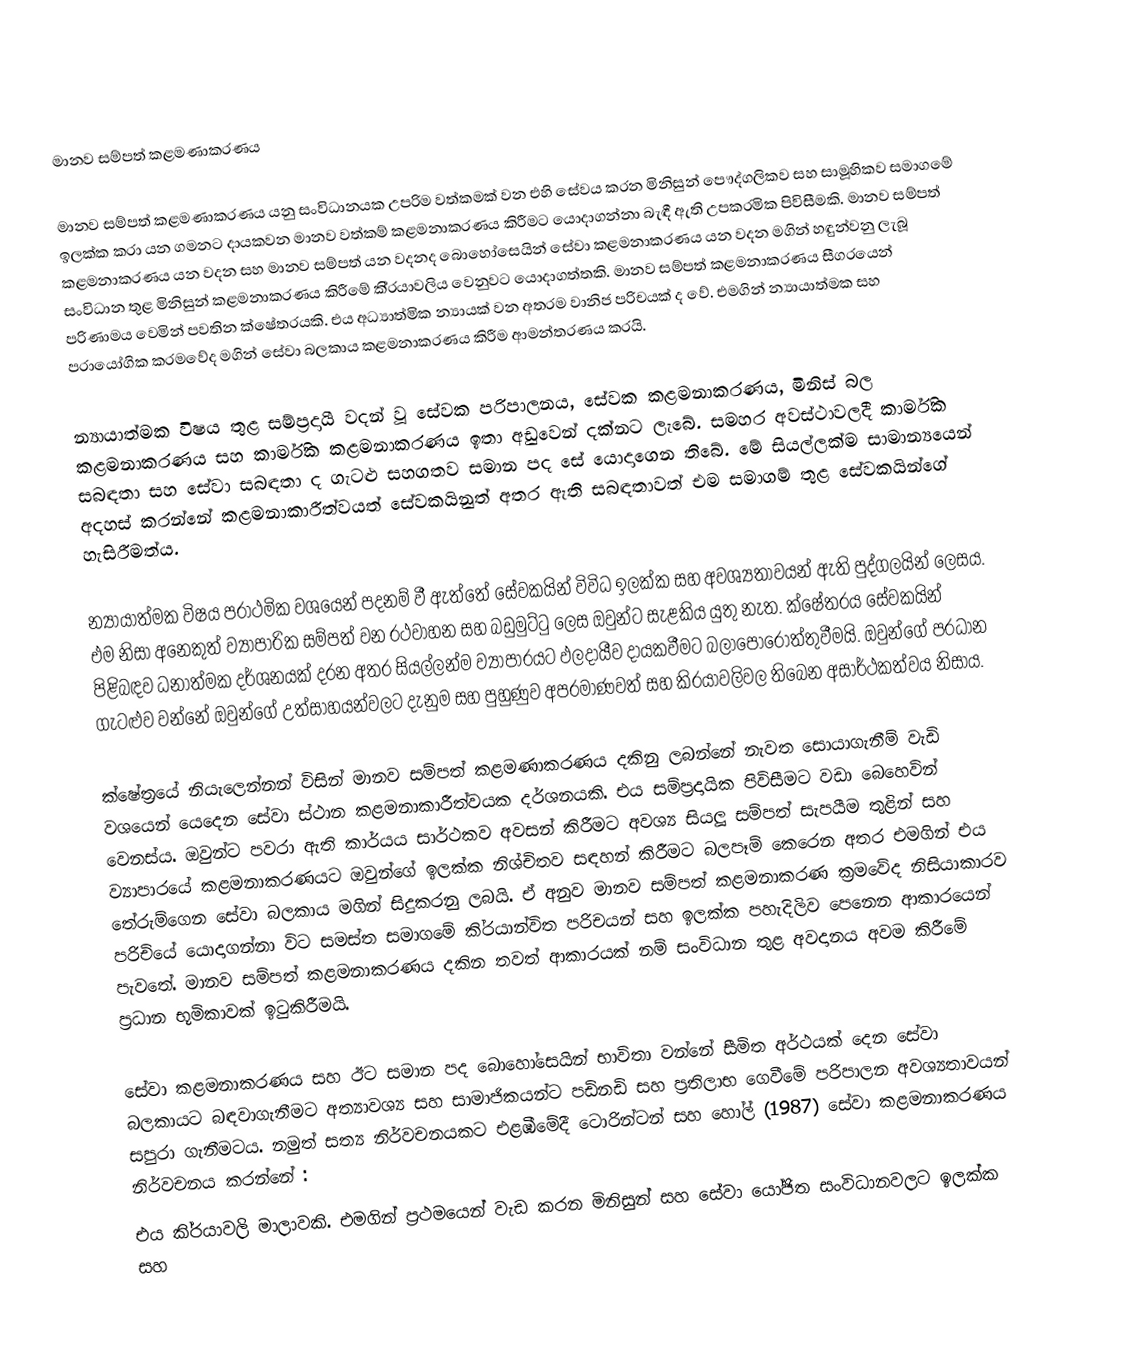
මානව සම්පත් කළමණාකරණය

මානව සම්පත් කළමණාකරණය යනු සංවිධානයක උපරිම වත්කමක් වන එහි සේවය කරන මිනිසුන් පෞද්ගලිකව සහ සාමූහිකව සමාගමේ ඉලක්ක කරා යන ගමනට දායකවන මානව වත්කම් කළමනාකරණය කිරීමට යොදාගන්නා බැඳී ඇති උපක‍්‍රමික පිවිසීමකි. මානව සම්පත් කළමනාකරණය යන වදන සහ මානව සම්පත් යන වදනද බොහෝසෙයින් සේවා කළමනාකරණය යන වදන මගින් හඳුන්වනු ලැබූ සංවිධාන තුළ මිනිසුන් කළමනාකරණය කිරීමේ කි‍්‍රයාවලිය වෙනුවට යොදාගත්තකි. මානව සම්පත් කළමනාකරණය සීග‍්‍රයෙන් පරිණාමය වෙමින් පවතින ක්ෂේත‍්‍රයකි. එය අධ්‍යාත්මික න්‍යායක් වන අතරම වානිජ පරිචයක් ද වේ. එමගින් න්‍යායාත්මක සහ ප‍්‍රායෝගික ක‍්‍රමවේද මගින් සේවා බලකාය කළමනාකරණය කිරීම ආමන්ත‍්‍රණය කරයි.

න්‍යායාත්මක විෂය තුළ සම්ප‍්‍රදායී වදන් වූ සේවක පරිපාලනය, සේවක කළමනාකරණය, මිනිස් බල කළමනාකරණය සහ කාර්මික කළමනාකරණය ඉතා අඩුවෙන් දක්නට ලැබේ. සමහර අවස්ථාවලදී කාර්මික සබඳතා සහ සේවා සබඳතා ද ගැටළු සහගතව සමාන පද සේ යොදාගෙන තිබේ. මේ සියල්ලක්ම සාමාන්‍යයෙන් අදහස් කරන්නේ කළමනාකාරීත්වයත් සේවකයිනුත් අතර ඇති සබඳතාවත් එම සමාගම් තුළ සේවකයින්ගේ හැසිරීමත්ය.

න්‍යායාත්මක විෂය ප‍්‍රාථමික වශයෙන් පදනම් වී ඇත්තේ සේවකයින් විවිධ ඉලක්ක සහ අවශ්‍යතාවයන් ඇති පුද්ගලයින් ලෙසය. එම නිසා අනෙකුත් ව්‍යාපාරික සම්පත් වන රථවාහන සහ බඩුමුට්ටු ලෙස ඔවුන්ට සැළකිය යුතු නැත. ක්ෂේත‍්‍රය සේවකයින් පිළිබඳව ධනාත්මක දර්ශනයක් දරන අතර  සියල්ලන්ම ව්‍යාපාරයට ඵලදායීව දායකවීමට බලාපොරොත්තුවීමයි. ඔවුන්ගේ ප‍්‍රධාන ගැටළුව වන්නේ ඔවුන්ගේ උත්සාහයන්වලට දැනුම සහ පුහුණුව අප‍්‍රමාණවත් සහ කි‍්‍රයාවලිවල තිබෙන අසාර්ථකත්වය නිසාය.

ක්ෂේත‍්‍රයේ නියැලෙන්නන් විසින් මානව සම්පත් කළමණාකරණය දකිනු ලබන්නේ නැවත සොයාගැනීම් වැඩි වශයෙන් යෙදෙන සේවා ස්ථාන කළමනාකාරීත්වයක දර්ශනයකි. එය සම්ප‍්‍රදායික පිවිසීමට වඩා බෙහෙවින් වෙනස්ය. ඔවුන්ට පවරා ඇති කාර්යය සාර්ථකව අවසන් කිරීමට අවශ්‍ය සියලූ සම්පත් සැපයීම තුළින් සහ ව්‍යාපාරයේ කළමනාකරණයට ඔවුන්ගේ ඉලක්ක නිශ්චිතව සඳහන් කිරීමට බලපෑම් කෙරෙන අතර එමගින් එය තේරුම්ගෙන සේවා බලකාය මගින් සිදුකරනු ලබයි. ඒ අනුව මානව සම්පත් කළමනාකරණ ක‍්‍රමවේද නිසියාකාරව පරිචියේ යොදාගන්නා විට සමස්ත සමාගමේ කි‍්‍රයාන්විත පරිචයන් සහ ඉලක්ක පහැදිලිව පෙනෙන ආකාරයෙන් පැවතේ. මානව සම්පත් කළමනාකරණය දකින තවත් ආකාරයක් නම් සංවිධාන තුළ අවදානය අවම කිරීමේ ප‍්‍රධාන භූමිකාවක් ඉටුකිරීමයි.

සේවා කළමනාකරණය සහ ඊට සමාන පද බොහෝසෙයින් භාවිතා වන්නේ සීමිත අර්ථයක් දෙන සේවා බලකායට බඳවාගැනීමට අත්‍යාවශ්‍ය සහ සාමාජිකයන්ට පඩිනඩි සහ ප‍්‍රතිලාභ ගෙවීමේ පරිපාලන අවශ්‍යතාවයන් සපුරා ගැනීමටය. නමුත් සත්‍ය නිර්වචනයකට එළඹීමේදී ටොරින්ටන් සහ හෝල් (1987) සේවා කළමනාකරණය නිර්වචනය කරන්නේ :
එය කි‍්‍රයාවලි මාලාවකි. එමගින් ප‍්‍රථමයෙන් වැඩ කරන මිනිසුන් සහ සේවා යෝජිත සංවිධානවලට ඉලක්ක සහ